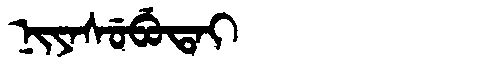
Manchu: ᠨᡳᠶᠠᠰᡠᠪᡠᡨᠠᡳ
Romanization: NIYASUBUTAI